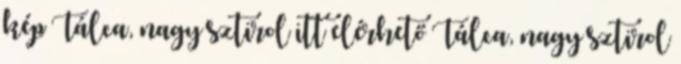
kép Tálca, nagy sztirol itt elérhető Tálca, nagy sztirol